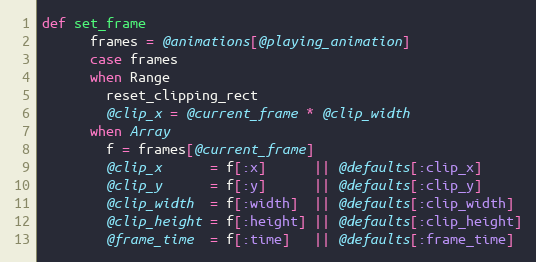
Language: Ruby
def set_frame
      frames = @animations[@playing_animation]
      case frames
      when Range
        reset_clipping_rect
        @clip_x = @current_frame * @clip_width
      when Array
        f = frames[@current_frame]
        @clip_x      = f[:x]      || @defaults[:clip_x]
        @clip_y      = f[:y]      || @defaults[:clip_y]
        @clip_width  = f[:width]  || @defaults[:clip_width]
        @clip_height = f[:height] || @defaults[:clip_height]
        @frame_time  = f[:time]   || @defaults[:frame_time]